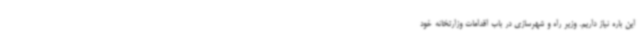
این باره نیاز داریم. وزیر راه و شهرسازی در باب اقدامات وزارتخانه خود